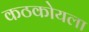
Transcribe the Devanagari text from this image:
कठकोयला